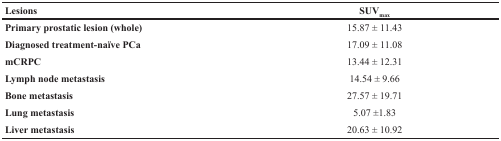
<table><thead><tr><td><b>Lesions</b></td><td><b>SUV<sub>max</sub></b></td></tr></thead><tbody><tr><td><b>Primary prostatic lesion (whole)</b></td><td>15.87 ± 11.43</td></tr><tr><td><b>Diagnosed treatment-naïve PCa</b></td><td>17.09 ± 11.08</td></tr><tr><td><b>mCRPC</b></td><td>13.44 ± 12.31</td></tr><tr><td><b>Lymph node metastasis</b></td><td>14.54 ± 9.66</td></tr><tr><td><b>Bone metastasis</b></td><td>27.57 ± 19.71</td></tr><tr><td><b>Lung metastasis</b></td><td>5.07 ±1.83</td></tr><tr><td><b>Liver metastasis</b></td><td>20.63 ± 10.92</td></tr></tbody></table>